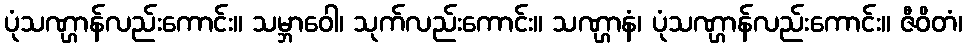
ပုံသဏ္ဌာန်လည်းကောင်း။ သမ္ဘာဝေါ၊ သုက်လည်းကောင်း။ သဏ္ဌာနံ၊ ပုံသဏ္ဌာန်လည်းကောင်း။ ဇီဝိတံ၊